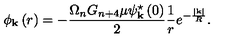
\phi _ { \mathrm { \bf \tiny k } } \left( r \right) = - \frac { \Omega _ { n } G _ { n + 4 } \mu \psi _ { \mathrm { \bf \tiny k } } ^ { \star } \left( 0 \right) } { 2 } \frac { 1 } { r } e ^ { - \frac { \left| \mathrm { \tiny \bf k } \right| } { R } } .